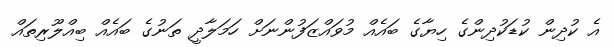
އެ ކުދިން ކުޑަކުދިންގެ ހިޔާގެ ބައެއް މުވައްޒަފުންނަށް ހަމަލާދީ ތަނުގެ ބައެއް ބިއްލޫރިތައް